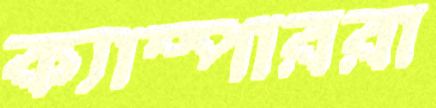
ক্যাম্পাররা